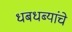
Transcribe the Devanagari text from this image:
धबधब्यांचे